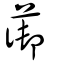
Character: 蓹